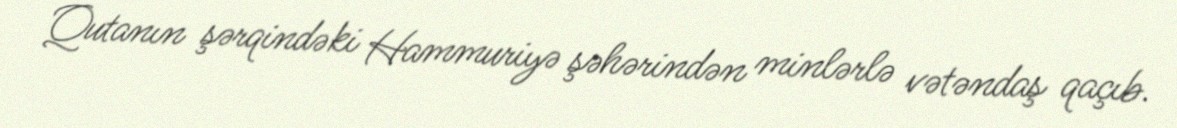
Qutanın şərqindəki Hammuriyə şəhərindən minlərlə vətəndaş qaçıb.